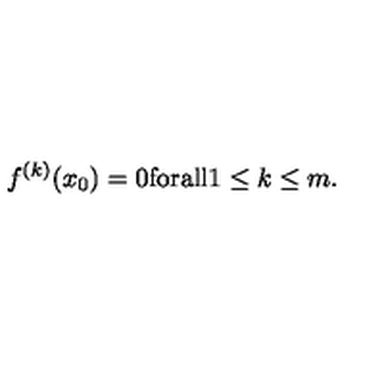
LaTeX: f ^ { ( k ) } ( x _ { 0 } ) = 0 \mathrm { f o r a l l } 1 \leq k \leq m .